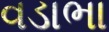
વડાભા